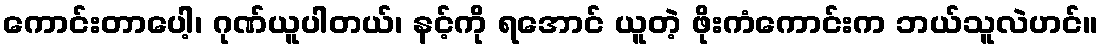
ကောင်းတာပေါ့၊ ဂုဏ်ယူပါတယ်၊ နင့်ကို ရအောင် ယူတဲ့ ဖိုးကံကောင်းက ဘယ်သူလဲဟင်။